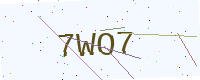
Text: 7WO7